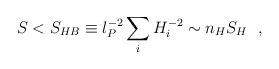
LaTeX: \begin{align*}S < S_{HB} \equiv l_P^{-2} \sum_{i} H_i^{-2} \sim n_H S_H ~~,\end{align*}